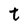
Character: t